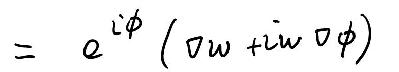
$= e^{i\phi}(\nabla w + iw\nabla\phi)$